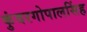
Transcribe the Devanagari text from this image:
कुंवरगोपालसिंह